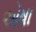
એષા